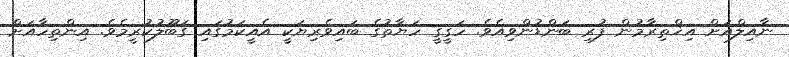
ނާއިލްއަށް އިޚްތިރާމުން ފުރި ބަންޑުންވިއެވެ. ހަގީގީ ހަޔާތުގެ ބައިވެރިޔަކީ އެއީކަމުގައި ގަބޫލުކުރީމެވެ. އިންތިހާއަށް